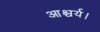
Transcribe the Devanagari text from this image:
आश्चर्य।